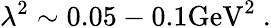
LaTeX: \lambda^{2}\sim 0.05-0.1\mathrm{GeV}^{2}\ .